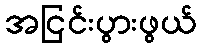
အငြင်းပွားဖွယ်